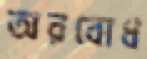
অরবোধ